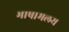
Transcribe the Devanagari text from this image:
भाषामलय